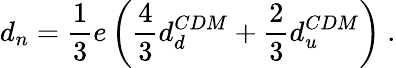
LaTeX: d_{n}=\frac{1}{3}e\left(\frac{4}{3}d_{d}^{CDM}+\frac{2}{3}d_{u}^{CDM}\right)\ .